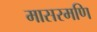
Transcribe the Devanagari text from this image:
मासरमणि